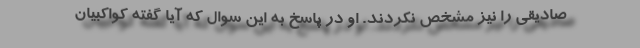
صادیقی را نیز مشخص نکردند. او در پاسخ به این سوال که آیا گفته کواکبیان